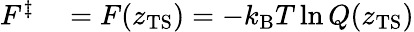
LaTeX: \begin{array}{rl}{F^{\ddagger}}&{{}=F(z_{\mathrm{TS}})=-k_{\mathrm{B}}T\ln Q(z_{\mathrm{TS}})}\end{array}